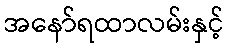
အနော်ရထာလမ်းနှင့်